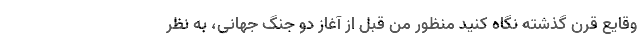
وقایع قرن گذشته نگاه کنید منظور من قبل از آغاز دو جنگ جهانی، به نظر